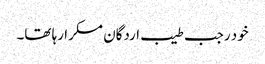
خود رجب طیب اردگان مسکرا رہا تھا۔